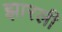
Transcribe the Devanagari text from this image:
झारली